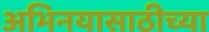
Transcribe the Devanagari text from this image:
अभिनयासाठीच्या